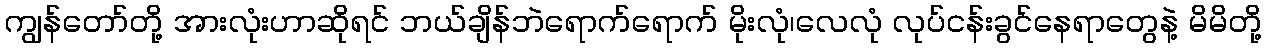
ကျွန်တော်တို့ အားလုံးဟာဆိုရင် ဘယ်ချိန်ဘဲရောက်ရောက် မိုးလုံ၊လေလုံ လုပ်ငန်းခွင်နေရာတွေနဲ့ မိမိတို့